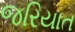
જરિયાત